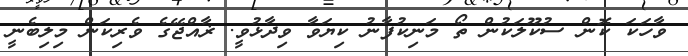
ވާހަކަ ކޮން ސުކޫލަކުން ތޯ މަނިކުފާނު ކިޔަވާ ވިދާޅުވީ. ޜާއްޖޭގެ ވެރިކަން މިލިބެނީ